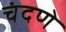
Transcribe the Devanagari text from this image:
चंदणे